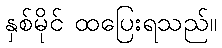
နှစ်မိုင် ထပြေးရသည်။